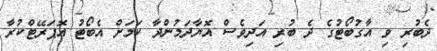
ދެބުރި ވި އާގުބޯޓުގެ ދެ ބުރި އަދިވެސް އޮޔާދަމުންދާ ކަމަށް އެބޯޓު އޮޕަރޭޓްކުރާ